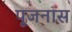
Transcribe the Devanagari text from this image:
पूजनास